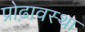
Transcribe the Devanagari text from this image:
प्रोढ़ावस्था